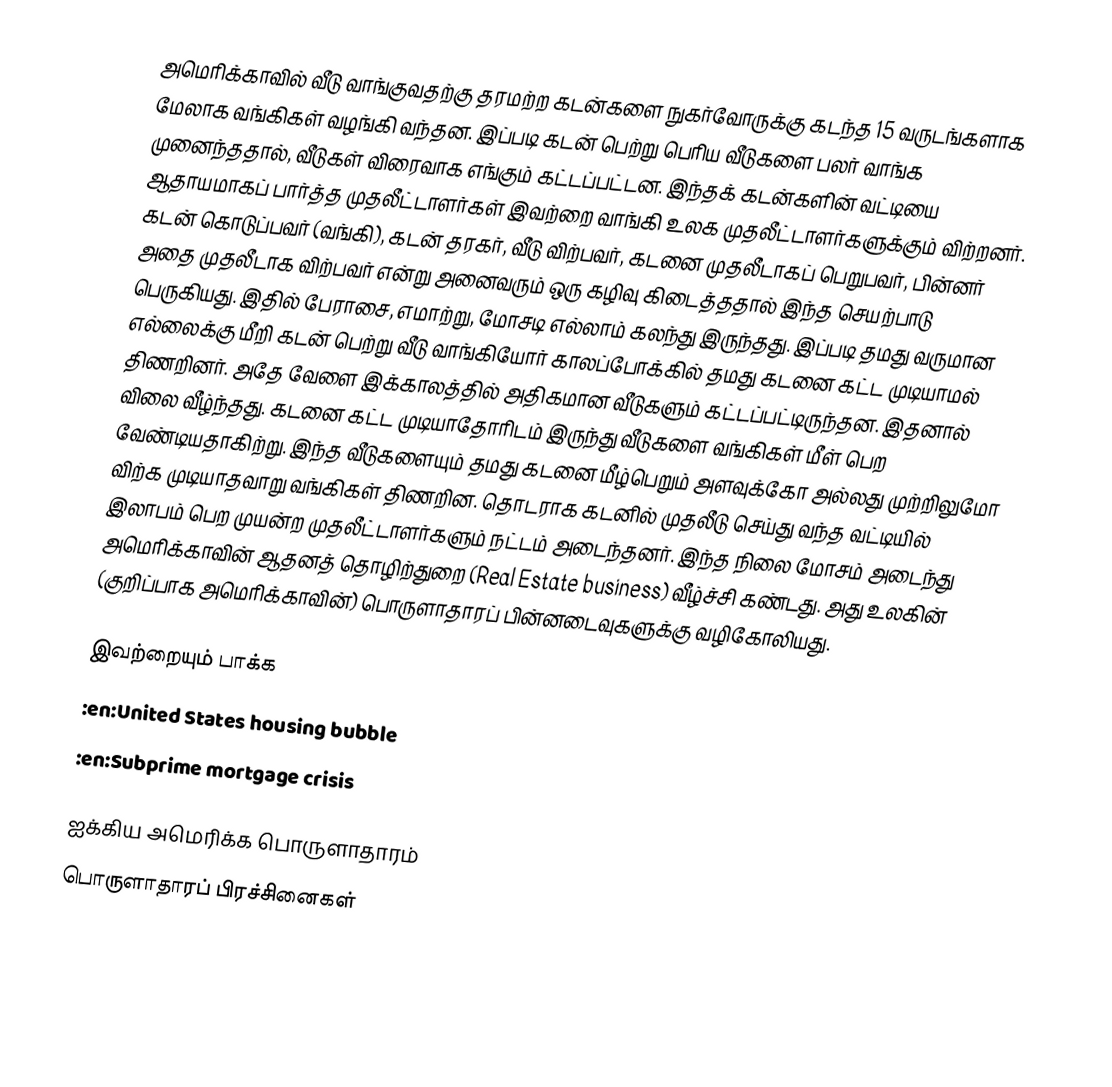
அமெரிக்காவில் வீடு வாங்குவதற்கு தரமற்ற கடன்களை நுகர்வோருக்கு கடந்த 15 வருடங்களாக மேலாக வங்கிகள் வழங்கி வந்தன. இப்படி கடன் பெற்று பெரிய வீடுகளை பலர் வாங்க முனைந்ததால், வீடுகள் விரைவாக எங்கும் கட்டப்பட்டன. இந்தக் கடன்களின் வட்டியை ஆதாயமாகப் பார்த்த முதலீட்டாளர்கள் இவற்றை வாங்கி உலக முதலீட்டாளர்களுக்கும் விற்றனர். கடன் கொடுப்பவர் (வங்கி), கடன் தரகர், வீடு விற்பவர், கடனை முதலீடாகப் பெறுபவர், பின்னர் அதை முதலீடாக விற்பவர் என்று அனைவரும் ஒரு கழிவு கிடைத்ததால் இந்த செயற்பாடு பெருகியது. இதில் பேராசை, எமாற்று, மோசடி எல்லாம் கலந்து இருந்தது.    இப்படி தமது வருமான எல்லைக்கு மீறி கடன் பெற்று வீடு வாங்கியோர் காலப்போக்கில் தமது கடனை கட்ட முடியாமல் திணறினர். அதே வேளை இக்காலத்தில் அதிகமான வீடுகளும் கட்டப்பட்டிருந்தன. இதனால் விலை வீழ்ந்தது. கடனை கட்ட முடியாதோரிடம் இருந்து வீடுகளை வங்கிகள் மீள் பெற வேண்டியதாகிற்று. இந்த வீடுகளையும் தமது கடனை மீழ்பெறும் அளவுக்கோ அல்லது முற்றிலுமோ விற்க முடியாதவாறு வங்கிகள் திணறின. தொடராக கடனில் முதலீடு செய்து வந்த வட்டியில் இலாபம் பெற முயன்ற முதலீட்டாளர்களும் நட்டம் அடைந்தனர். இந்த நிலை மோசம் அடைந்து அமெரிக்காவின் ஆதனத் தொழிற்துறை (Real Estate business) வீழ்ச்சி கண்டது. அது உலகின் (குறிப்பாக அமெரிக்காவின்) பொருளாதாரப் பின்னடைவுகளுக்கு வழிகோலியது.

இவற்றையும் பாக்க
 :en:United States housing bubble
 :en:Subprime mortgage crisis

ஐக்கிய அமெரிக்க பொருளாதாரம்
பொருளாதாரப் பிரச்சினைகள்